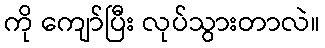
ကို ကျော်ပြီး လုပ်သွားတာလဲ။